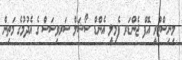
މިނިސްޓްރީ އޮފް ޖެންޑަރ ފެމިލީ އެންޑް ސޯޝަލް ސަރވިސަސް ގެ އެދުމުގެ މަތިން